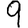
Digit: 9